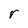
Character: r